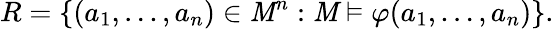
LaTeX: R=\{ (a_{1},\ldots,a_{n})\in\mathit{M}^{n}:{\mathcal{{\mathit{M}}}}\vDash\varphi(a_{1},\ldots,a_{n})\} .